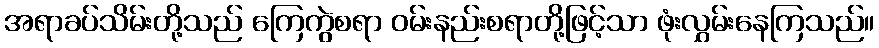
အရာခပ်သိမ်းတို့သည် ကြေကွဲစရာ ဝမ်းနည်းစရာတို့ဖြင့်သာ ဖုံးလွှမ်းနေကြသည်။